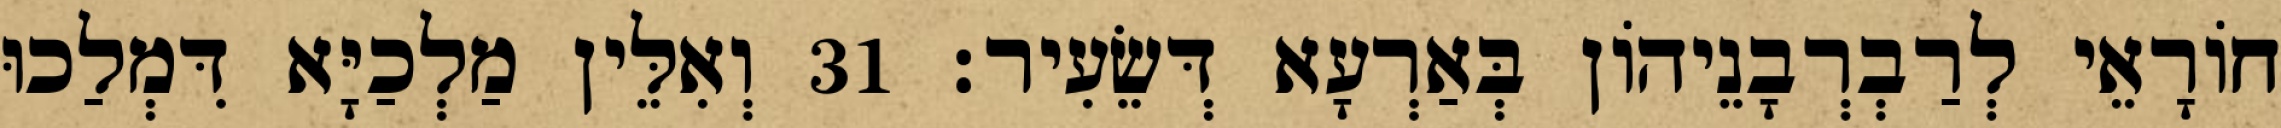
חוֹרָאֵי לְרַבְרְבָנֵיהוֹן בְּאַרְעָא דְּשֵׂעִיר׃ 31 וְאִלֵּין מַלְכַיָּא דִּמְלַכוּ